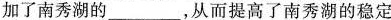
加了南秀湖的___，从而提高了南秀湖的稳定